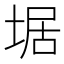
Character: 𡍄